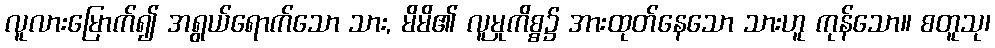
လူလားမြောက်၍ အရွယ်ရောက်သော သား, မိမိ၏ လူမှုကိစ္စ၌ အားထုတ်နေသော သားဟူ ကုန်သော။ စတူသု၊